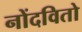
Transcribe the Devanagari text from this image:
नोंदवितो